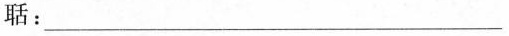
聒：___